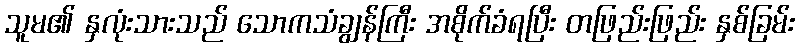
သူမ၏ နှလုံးသားသည် သောကသံချွန်ကြီး အစိုက်ခံရပြီး တဖြည်းဖြည်း နှစ်ခြမ်း